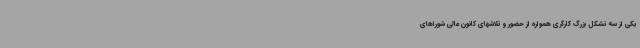
یکی از سه تشکل بزرگ کارگری همواره از حضور و تلاشهای کانون عالی شوراهای